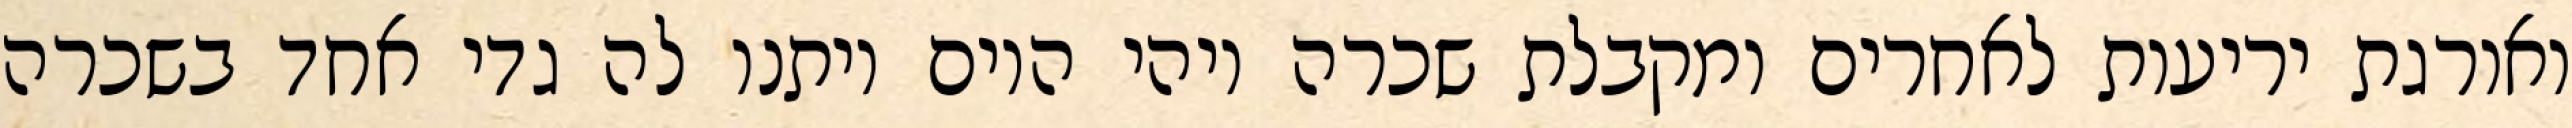
ואורגת יריעות לאחרים ומקבלת שכרה ויהי היום ויתנו לה גדי אחד בשכרה